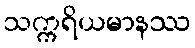
သက္ကရိယမာနဿ